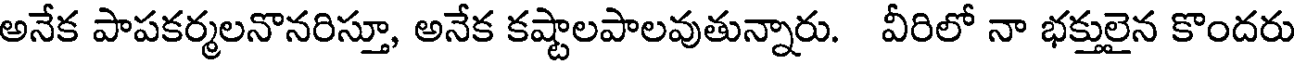
అనేక పాపకర్మలనొనరిస్తూ, అనేక కష్టాలపాలవుతున్నారు. వీరిలో నా భక్తులైన కొందరు